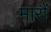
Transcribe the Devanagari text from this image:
मारौं